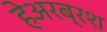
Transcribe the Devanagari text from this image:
हेअरब्रश